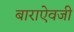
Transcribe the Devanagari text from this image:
बाराऐवजी